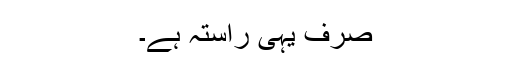
صرف یہی راستہ ہے۔